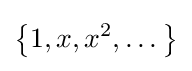
\left\{1,x,x^{2},\dots \right\}